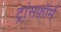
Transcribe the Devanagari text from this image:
ट्रांसफ़ॉर्म